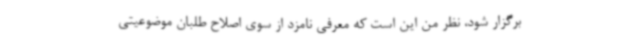
برگزار شود، نظر من این است که معرفی نامزد از سوی اصلاح طلبان موضوعیتی